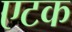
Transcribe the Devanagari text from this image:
एटक